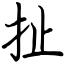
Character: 扯